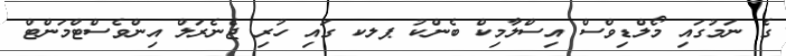
ގެ ނަމުގައި މޯލްޑިވްސް އިސްލާމިކް ބެންކު ޕލކ ގައި ހުރި ޖެނެރަލް އިންވެސްޓްމަންޓް